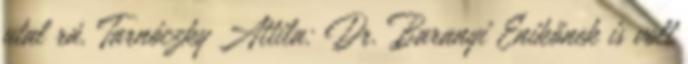
utal rá. Tarnóczky Attila: Dr. Baranyi Enikőnek is volt